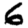
Digit: 6